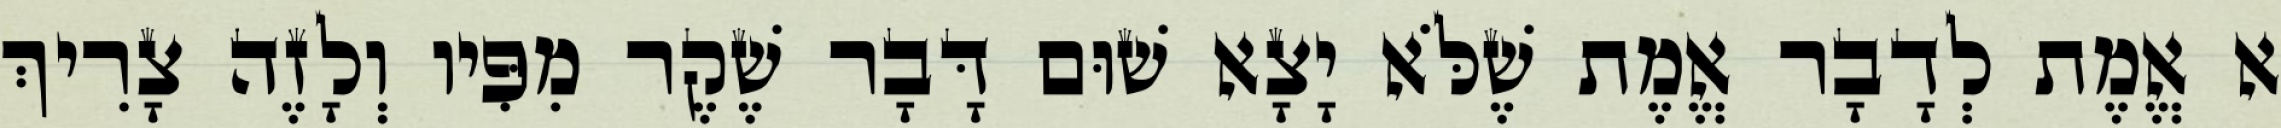
א אֱמֶת לְדָבָר אֱמֶת שֶׁלֹּא יָצָא שׁוּם דָּבָר שֶׁקֶר מִפִּיו וְלָזֶה צָרִיךְ